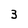
Character: 3